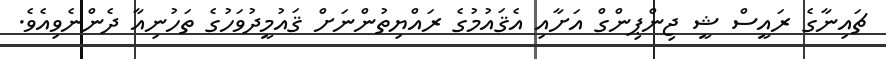
ޗައިނާގެ ރައީސް ޝީ ޖިންޕިންގް އަށާއި އެޤައުމުގެ ރައްޔިތުންނަށް ޤައުމީދުވަހުގެ ތަހުނިއާ ދެންނެވިއެވެ.